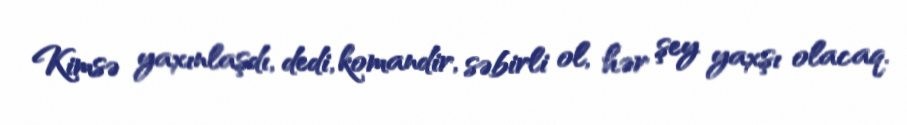
Kimsə yaxınlaşdı, dedi, komandir, səbirli ol, hər şey yaxşı olacaq.